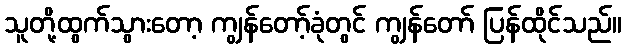
သူတို့ထွက်သွားတော့ ကျွန်တော့်ခုံတွင် ကျွန်တော် ပြန်ထိုင်သည်။